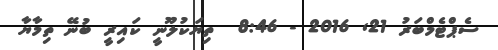
ސެޕްޓެމްބަރު 21